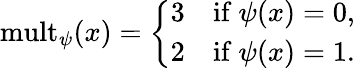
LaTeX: \mathrm{mult}_{\psi}(x)=\left\{ \begin{array}{ll}{{3}}&{{\mathrm{if}\ \psi(x)=0,}}\\ {{2}}&{{\mathrm{if}\ \psi(x)=1.}}\end{array}\right.